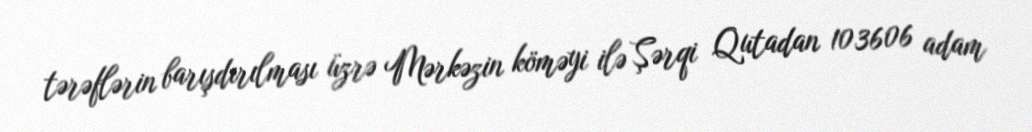
tərəflərin barışdırılması üzrə Mərkəzin köməyi ilə Şərqi Qutadan 103606 adam